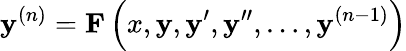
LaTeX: \mathbf{y}^{(n)}=\mathbf{F}\left(x,\mathbf{y},\mathbf{y}^{\prime},\mathbf{y}^{\prime\prime},\ldots,\mathbf{y}^{(n-1)}\right)